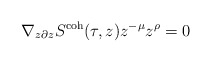
\begin{align*} \nabla_{z \partial z} S^\textnormal{coh}(\tau,z)z^{-\mu}z^\rho = 0 \end{align*}